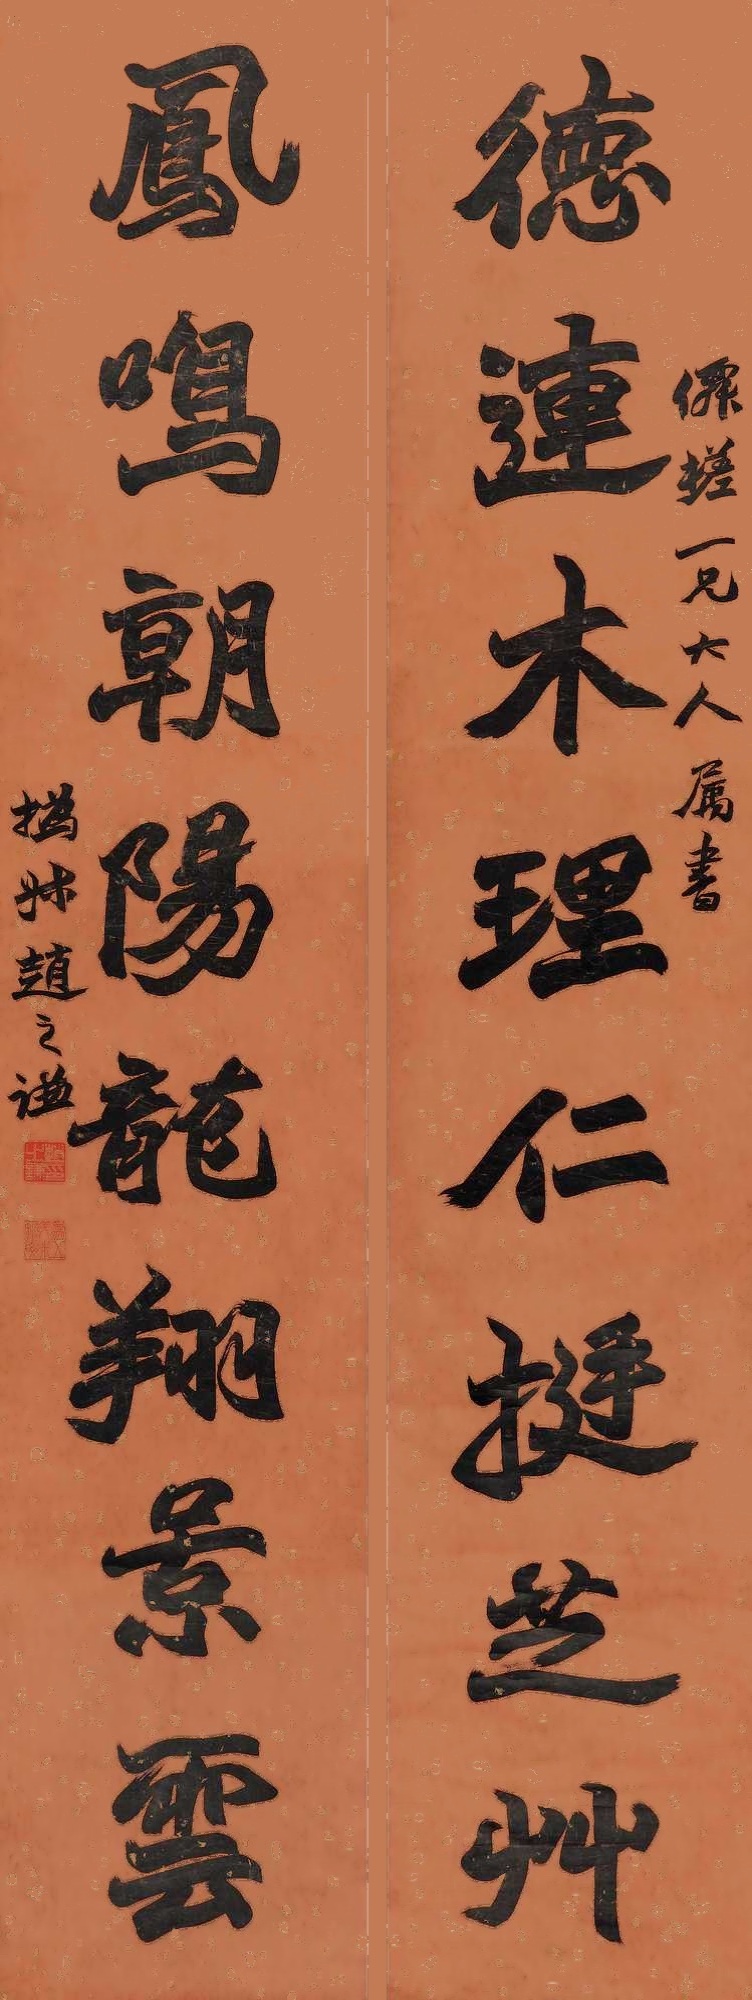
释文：德连木理仁挺芝草，凤鸣朝阳龙翔景云。仙搓一兄大人属书，㧑叔赵之谦。